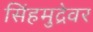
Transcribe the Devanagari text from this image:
सिंहमुद्रेवर